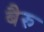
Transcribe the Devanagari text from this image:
बैरु